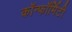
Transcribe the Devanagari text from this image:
कॉन्फॉर्मिटी